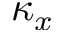
\kappa _ { x }